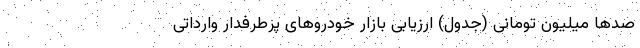
صدها میلیون تومانی (جدول) ارزیابی بازار خودروهای پرطرفدار وارداتی